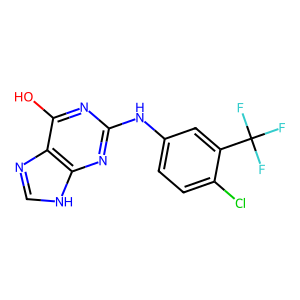
SMILES: Oc1nc(Nc2ccc(Cl)c(C(F)(F)F)c2)nc2[nH]cnc12
Inhibits HIV replication: No